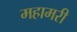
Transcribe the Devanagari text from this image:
महामरी